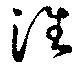
徃